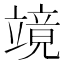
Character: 𮄹